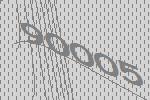
90005